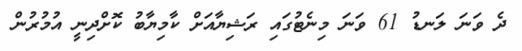
ދެ ވަނަ ލަނޑު 61 ވަނަ މިނެޓުގައި ރަޝިޔާއަށް ކާމިޔާބު ކޮށްދިނީ އުމުރުން